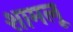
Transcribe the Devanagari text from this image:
शामलू